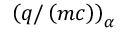
\left( q / \left( m c \right) \right) _ { \alpha }